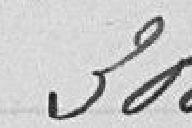
300